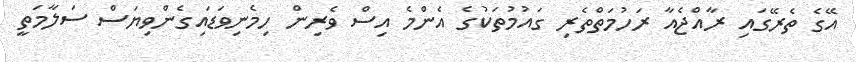
އޭގެ ތެރޭގައި ރާއްޖެއާ ރަހުމަތްތެރި ގައުމުތަކުގެ އެންމެ އިސް ވެރިން ހިމެނިވަޑައިގެންވިޔަސް ސަލާމަތީ